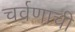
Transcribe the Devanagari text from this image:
चर्वणाची